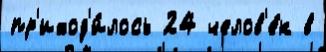
пр'иход'и́лось 24 челов'е́к в